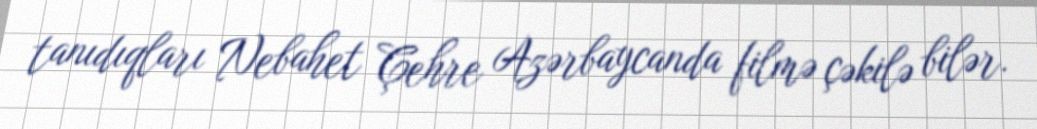
tanıdıqları Nebahet Çehre Azərbaycanda filmə çəkilə bilər.